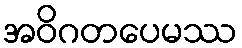
အဝိဂတပေမဿ